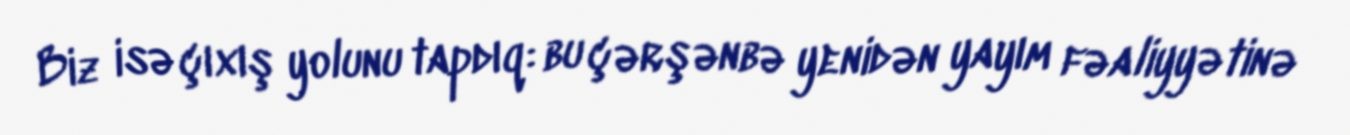
Biz isə çıxış yolunu tapdıq: bu çərşənbə yenidən yayım fəaliyyətinə